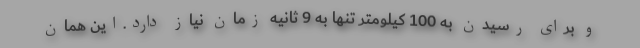
و برای رسیدن به 100 کیلومتر تنها به 9 ثانیه زمان نیاز دارد.این همان